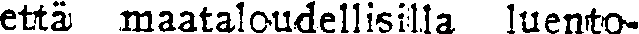
että maataloudellisilla luento-